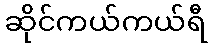
ဆိုင်ကယ်ကယ်ရီ